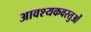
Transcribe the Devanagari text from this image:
आवश्यकवस्तुओं